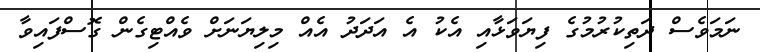
ނަމަވެސް ދަތިކުރުމުގެ ފިޔަވަޅާއި އެކު އެ އަދަދު އެއް މިލިޔަނަށް ވެއްޓިގެން ގޮސްފައިވާ